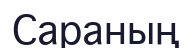
Сараның